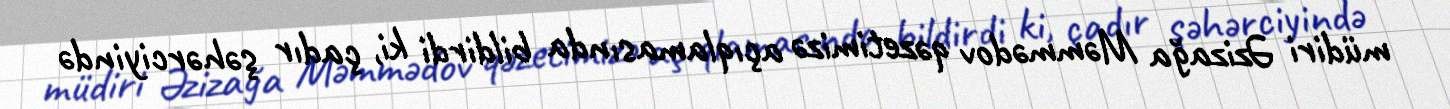
müdiri Əzizağa Məmmədov qəzetimizə açıqlamasında bildirdi ki, çadır şəhərciyində